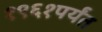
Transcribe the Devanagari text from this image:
१९६१पर्यंत